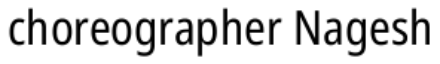
choreographer Nagesh